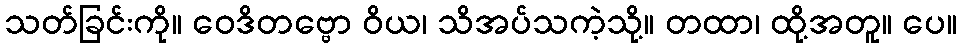
သတ်ခြင်းကို။ ဝေဒိတဗ္ဗော ဝိယ၊ သိအပ်သကဲ့သို့။ တထာ၊ ထို့အတူ။ ပေ။